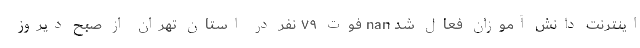
اینترنت دانش آموزان فعال شد nan فوت ٧٩ نفر در استان تهران از صبح دیروز